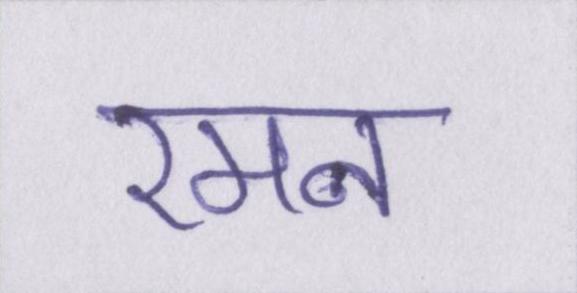
रमन